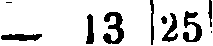
— 13 25